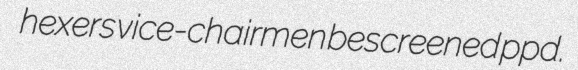
hexers vice-chairmen bescreened ppd.